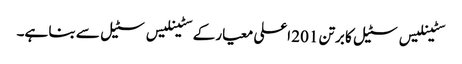
سٹینلیس سٹیل کا برتن 201 اعلی معیار کے سٹینلیس سٹیل سے بنا ہے۔